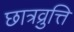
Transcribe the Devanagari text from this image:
छात्रव्रुत्ति